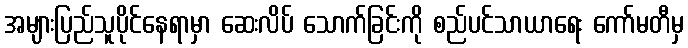
အများပြည်သူပိုင်နေရာမှာ ဆေးလိပ် သောက်ခြင်းကို စည်ပင်သာယာရေး ကော်မတီမှ